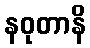
နဝုတာနိ